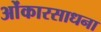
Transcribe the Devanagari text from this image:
ओंकारसाधना